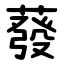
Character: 蕟